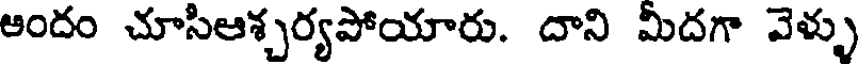
ఆందం చూసిఆశ్చర్యపోయారు. దాని మీదగా వెళ్ళు